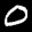
Label: 0